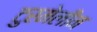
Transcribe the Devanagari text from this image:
टुरमेलीन